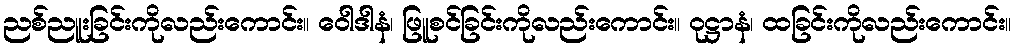
ညစ်ညူးခြင်းကိုလည်းကောင်း။ ဝေါဒါနံ၊ ဖြူစင်ခြင်းကိုလည်းကောင်း။ ဝုဋ္ဌာနံ၊ ထခြင်းကိုလည်းကောင်း။